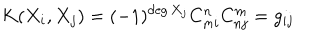
LaTeX: K ( X _ { i } , X _ { j } ) = ( - 1 ) ^ { \deg X _ { j } } C _ { m i } ^ { n } C _ { n j } ^ { m } = g _ { i j }